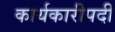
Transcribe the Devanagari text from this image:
कार्यकारीपदी